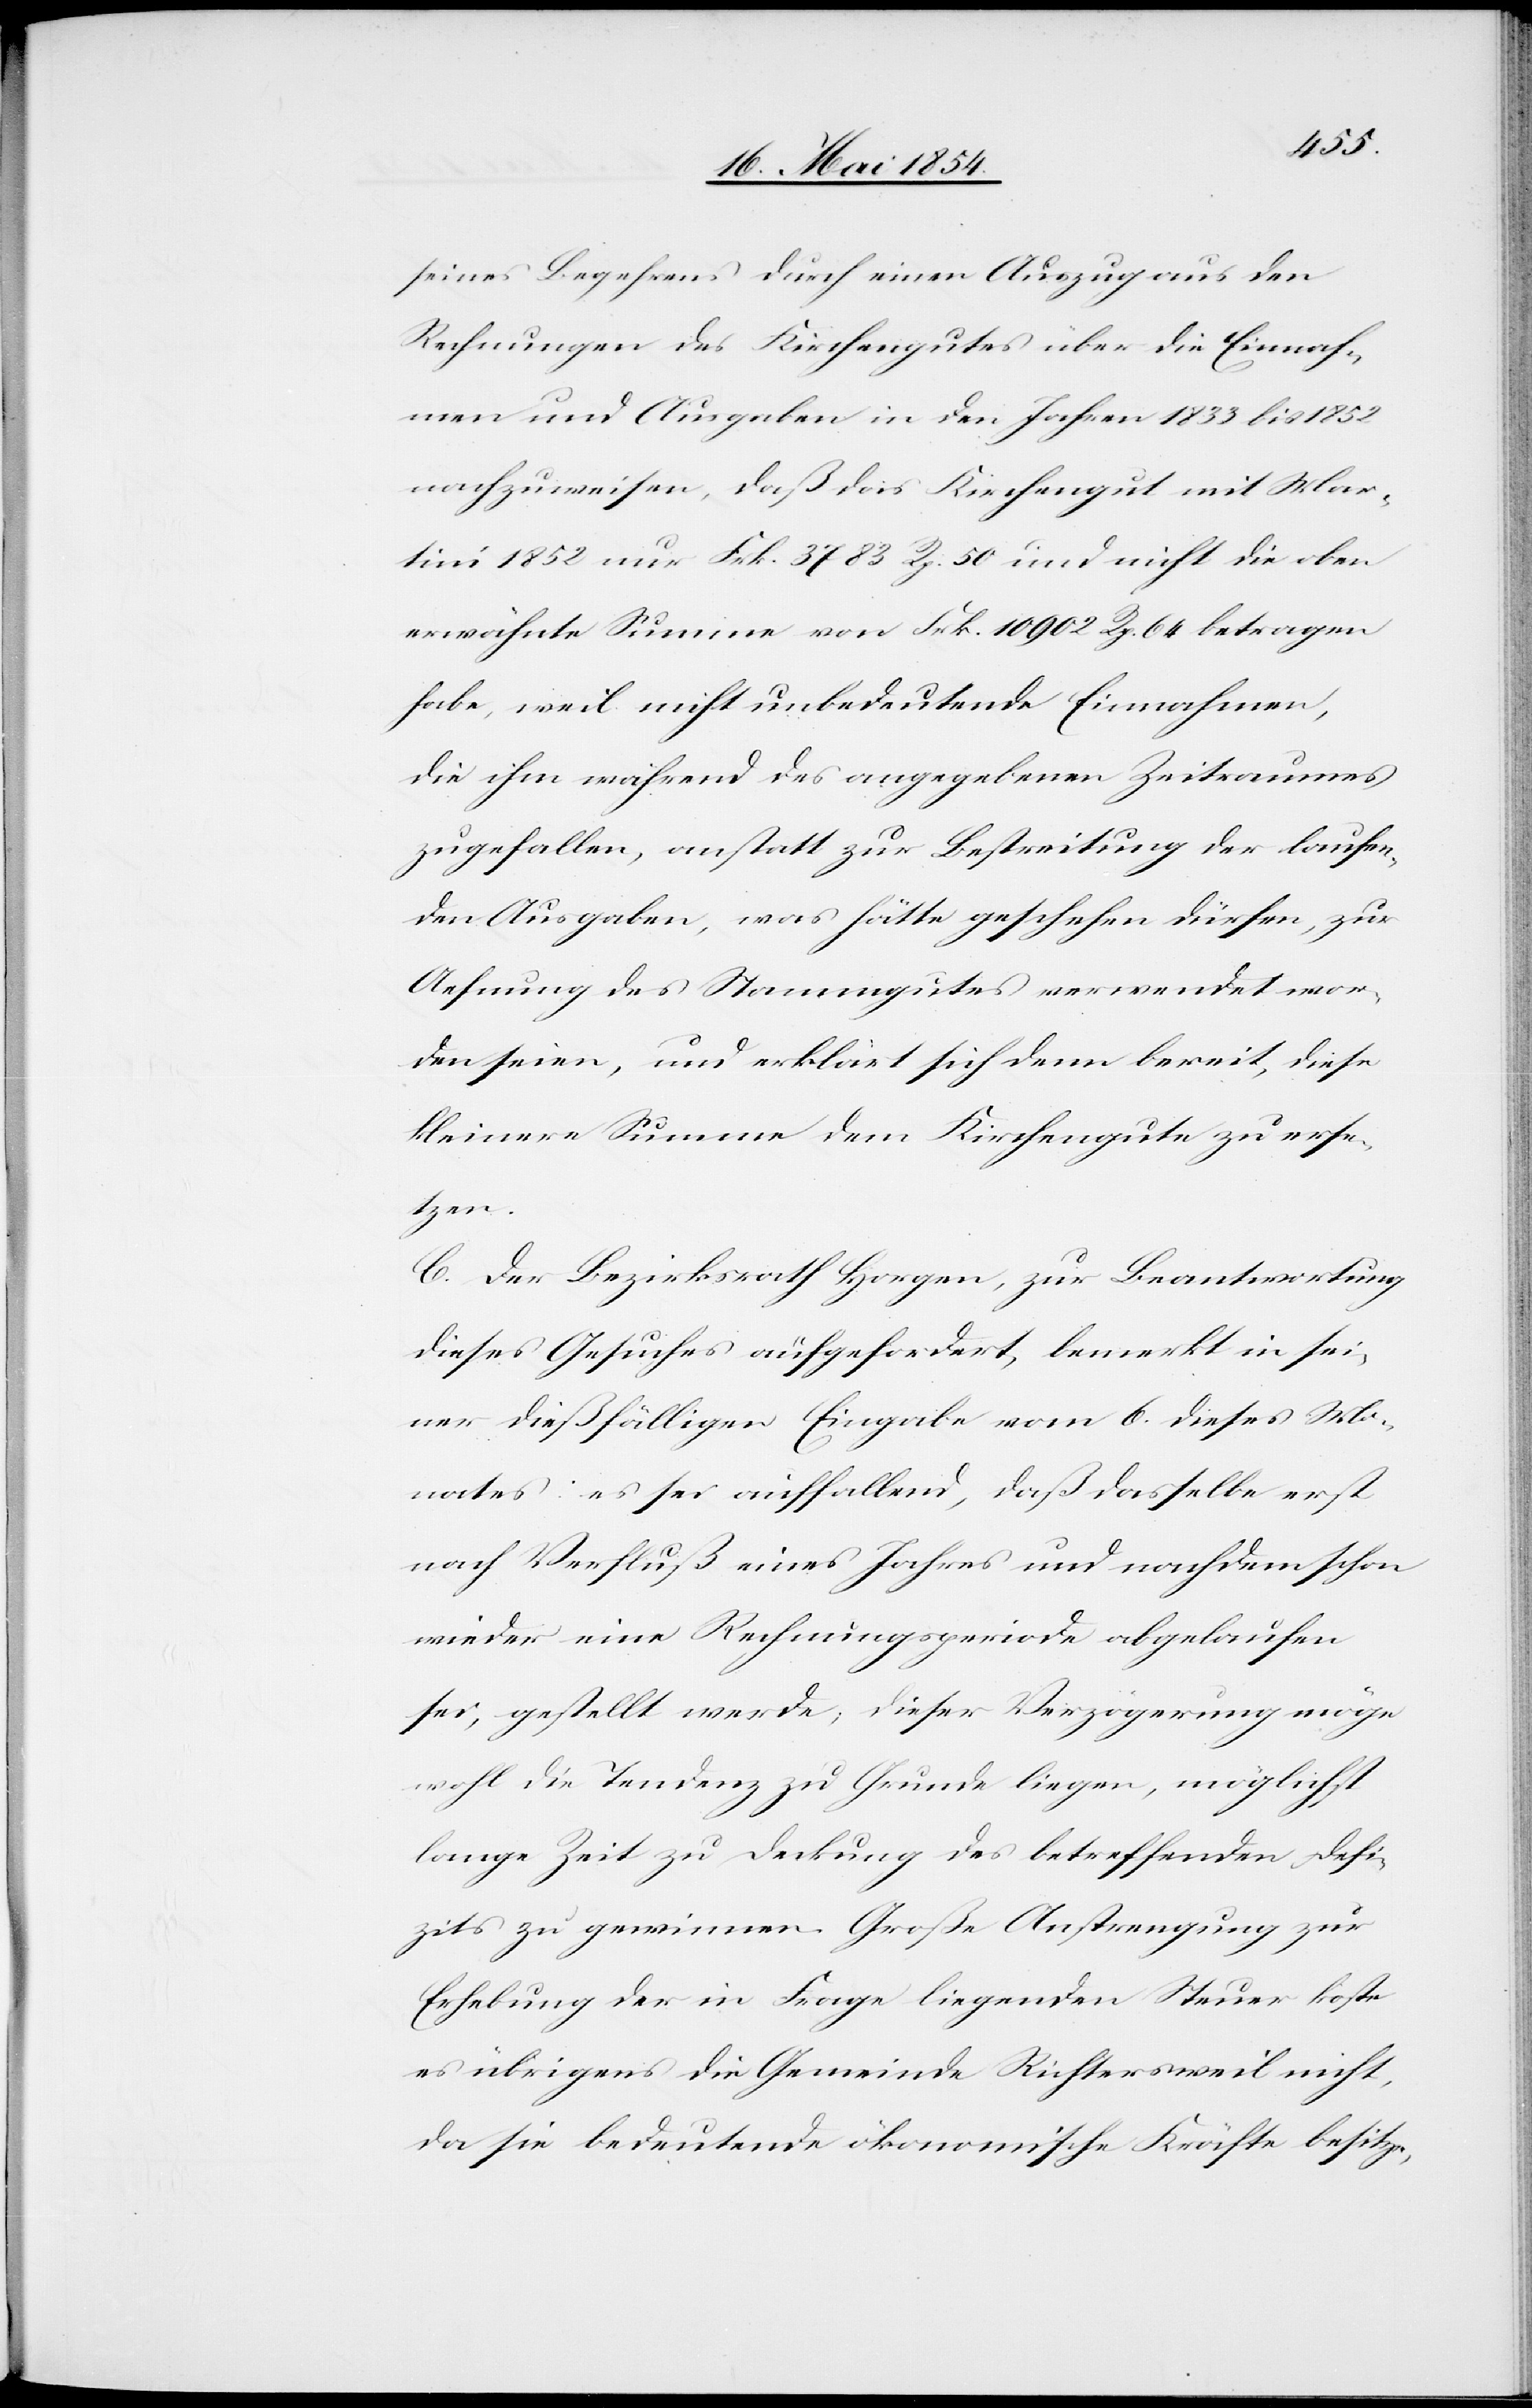
seines Begehrens durch einen Auszug aus den
Rechnungen des Kirchengutes über die Einnah¬
men und Ausgaben in den Jahren 1833 bis 1852
nachzuweisen, daß das Kirchengut mit Mar¬
tini 1852 nur Frk. 3783 Rp. 50 und nicht die oben
erwähnte Summe von Frk. 10 902 Rp. 64 betragen
habe, weil nicht unbedeutende Einnahmen,
die ihm während des angegebenen Zeitraumes
zugefallen, anstatt zur Bestreitung der laufen¬
den Ausgaben, was hätte geschehen dürfen, zur
Ae[u]fnung des Stammgutes verwendet wor¬
den seien, und erklärt sich denn bereit, diese
kleinere Summe dem Kirchengute zu erse¬
tzen.
C. Der Bezirksrath Horgen, zur Beantwortung
dieses Gesuches aufgefordert, bemerkt in sei¬
ner dießfälligen Eingabe vom 6. dieses Mo¬
nates: es sei auffallend, daß dasselbe erst
nach Verfluß eines Jahres und nachdem schon
wieder eine Rechnungsperiode abgelaufen
sei, gestellt werde; dieser Verzögerung möge
wohl die Tendenz zu Grunde liegen, möglichst
lange Zeit zu Deckung des betreffenden Defi¬
zits zu gewinnen. Große Anstrengung zur
Erhebung der in Frage liegenden Steuer koste
es übrigens die Gemeinde Richtersweil nicht,
da sie bedeutende ökonomische Kräfte besitze,